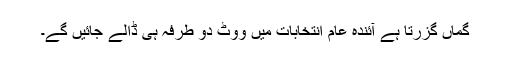
گماں گزرتا ہے آئندہ عام انتخابات میں ووٹ دو طرفہ ہی ڈالے جائیں گے۔